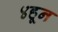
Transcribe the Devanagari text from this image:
४हून